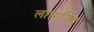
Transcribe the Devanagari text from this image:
लाभार्जित